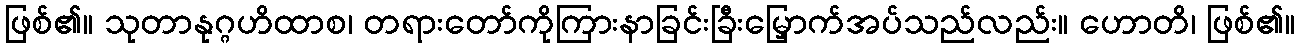
ဖြစ်၏။ သုတာနုဂ္ဂဟိထာစ၊ တရားတော်ကိုကြားနာခြင်းခြီးမြှောက်အပ်သည်လည်း။ ဟောတိ၊ ဖြစ်၏။